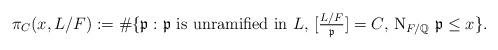
LaTeX: \begin{align*}\pi_C(x,L/F):=\#\{\mathfrak{p}:\textup{$\mathfrak{p}$ is unramified in $L$, $[\tfrac{L/F}{\mathfrak{p}}]=C$, $\mathrm{N}_{F/\mathbb{Q}}~\mathfrak{p}\leq x$}\}.\end{align*}